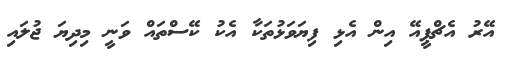
އޭރު އެޗްޕީއޭ އިން އެޅި ފިޔަވަޅުތަކާ އެކު ކޭސްތައް ވަނީ މިދިޔަ ޖުލައި